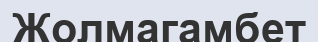
Жолмагамбет